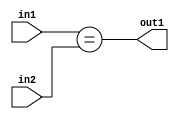
`timescale 1ps / 1ps
/*****************************************************************************
    Verilog RTL Description
    
    
    Created by: Stratus DpOpt 2019.1.01 
*******************************************************************************/

module in_buff_Equal_3Ux3U_1U_4_0 (
	in2,
	in1,
	out1
	); /* architecture "behavioural" */ 
input [2:0] in2,
	in1;
output  out1;
wire  asc001;

assign asc001 = (in1==in2);

assign out1 = asc001;
endmodule

/* CADENCE  urbySQ0= : u9/ySgnWtBlWxVPRXgAZ4Og= ** DO NOT EDIT THIS LINE ******/